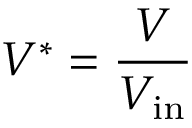
V ^ { * } = \frac { V } { V _ { \mathrm { i n } } }